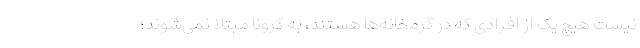
نیست هیچ یک از افرادی که در گرمخانه‌ها هستند، به کرونا مبتلا نمی‌شوند؛